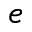
e